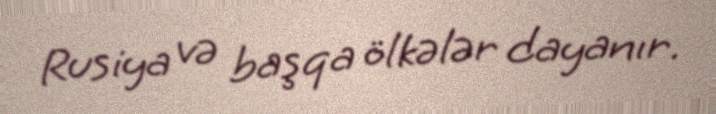
Rusiya və başqa ölkələr dayanır.